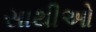
સાથીઓ